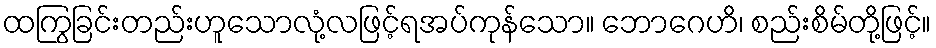
ထကြွခြင်းတည်းဟူသောလုံ့လဖြင့်ရအပ်ကုန်သော။ ဘောဂေဟိ၊ စည်းစိမ်တို့ဖြင့်။